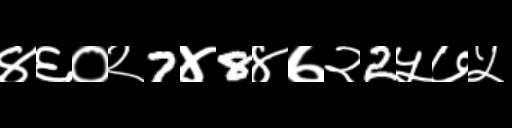
Text: ४६०२7४8४७२2५७५